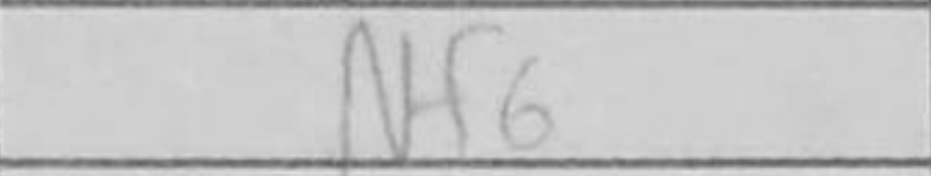
Transcription: Nf6